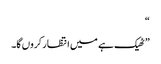
“
” ٹھیک ہے میں انتظار کروں گا۔